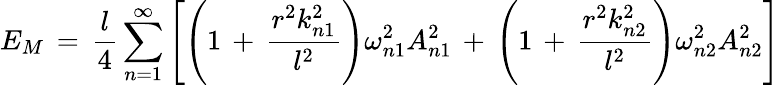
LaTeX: E_{M}\, =\, \frac{l}{4}\sum_{n=1}^{\infty}\left[\left(1\, +\, \frac{r^{2}k_{n1}^{2}}{l^{2}}\right)\omega_{n1}^{2}A_{n1}^{2}\, +\, \left(1\, +\, \frac{r^{2}k_{n2}^{2}}{l^{2}}\right)\omega_{n2}^{2}A_{n2}^{2}\right]